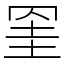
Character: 𦊱